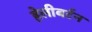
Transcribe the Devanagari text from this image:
हेलीबर्टन